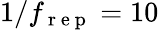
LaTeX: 1/f_{\mathrm{~r~e~p~}}=10